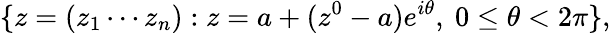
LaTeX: \{ z=(z_{1}\cdots z_{n}):z=a+(z^{0}-a)e^{i\theta},\ 0\leq\theta<2\pi\} ,